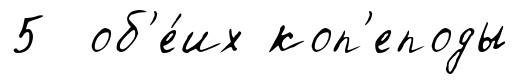
5 об'е́их коп'еподы